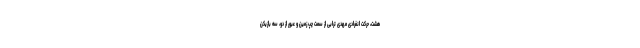
هشت، حرکت انفرادی مهدی ترابی از سمت چپ زمین و عبور از دو، سه بازیکن